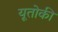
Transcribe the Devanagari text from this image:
यूतोकी